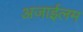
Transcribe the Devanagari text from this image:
अज़ाईलम